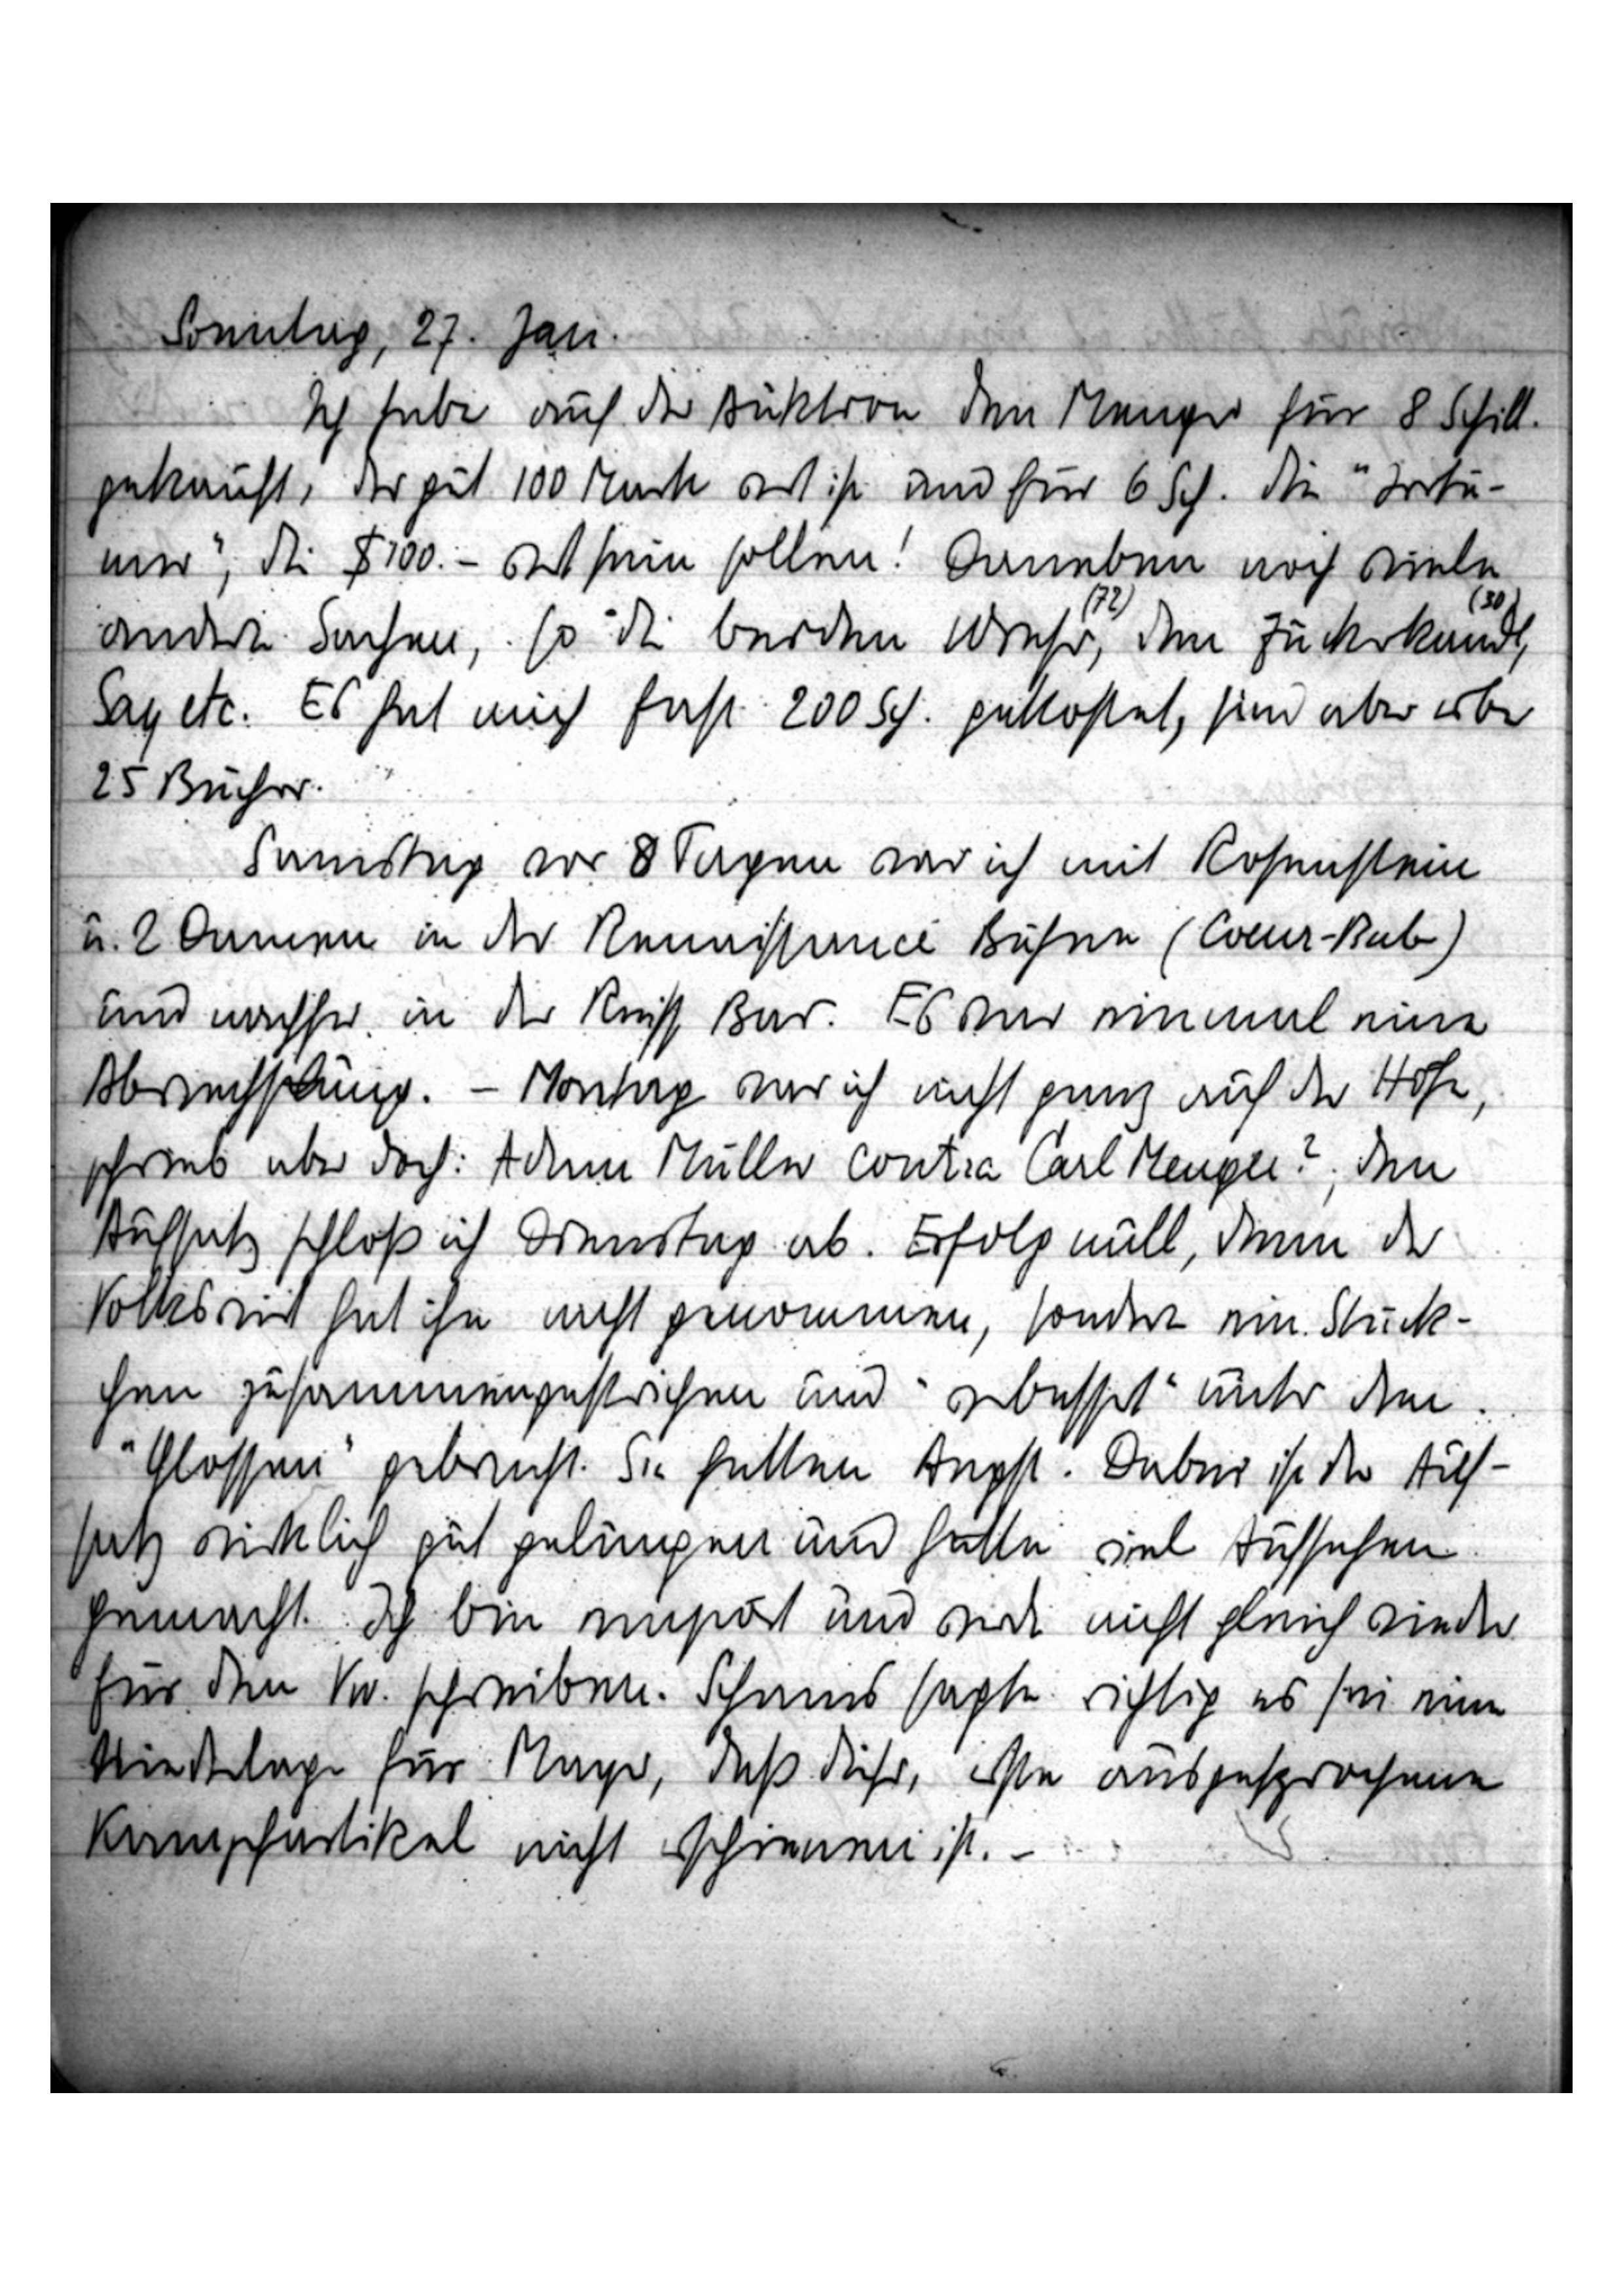
dntg, . Gr
I t af r tein  Mng fs ad
gtneft. Eil  Muit nitgt mfüi . . t
amn Di;,  etunm ghirem. ntnm, aing tz,
mr rfte. .  itn ift m nßrtite
a . s. rt ast nft s& gtofrt r nts eith
 fi
ting e hgm i t mil biofungtge
 D mesn, n bg mnsdkruel ofur ienr tt
Mmit wmfr, n e MErtz u. .i vrmnd n
brongfglng. –rtng isf nt g otin Dtt
goint, ub int unme rihi tn al eungcer n
Srftr lig & rng nat Dof nia, n r
beit fot der mit gomm, ie vn it.
 g mgkigfe Ait ecft ußhr ba
fofe gint,  Grte nst. uti f r t
tz ntäit siot gtng müis gohn t ffn
gmnft.I Du got mt rtk aft dnfet
e i E Sentn. mist agt tig wt r n
nblng  n, irft in,  skirfn
Munfnitgch af omn. t.